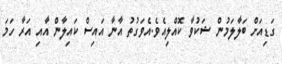
ގަޑިއަށް ބަލާލަމުން ޝަކުވާ ކޮއްލިއެވެ.އެވަގުތު އާނާ އައިސް ކައިލާން އާއި އަރާ ހަމަ